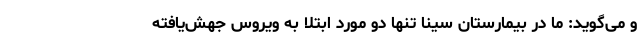
و می‌گوید: ما در بیمارستان سینا تنها دو مورد ابتلا به ویروس جهش‌یافته